Vaccination in Bombay 1924-1928 - 1924-1928
Year: 1924
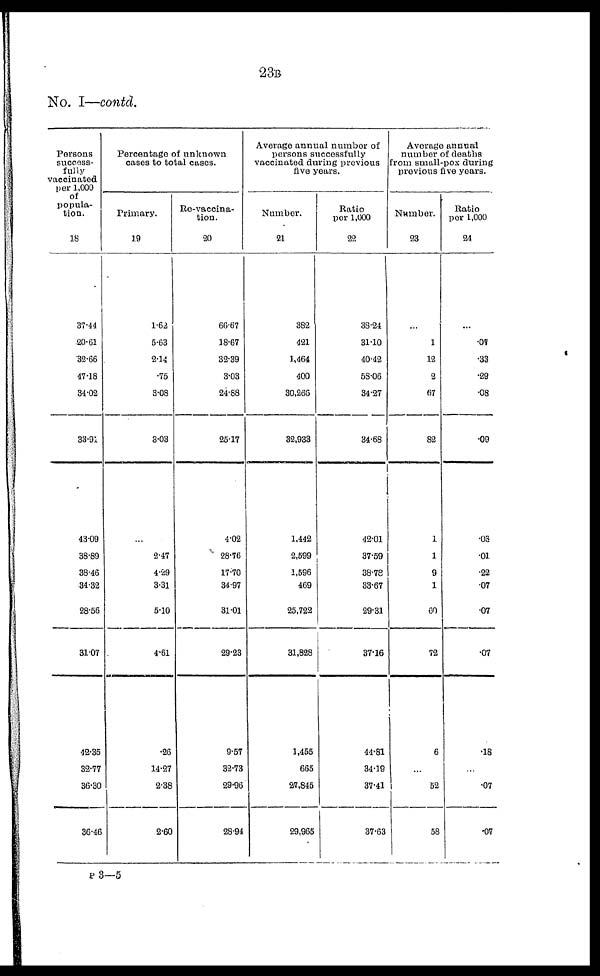
23B
No. I—contd.
Persons
success-
fully
vaccinated
per 1,000
of
popula-
tion.
18
37.44
20.61
32.66
47.18
34.02
33.91
43.09
38.89
38.46
34.32
28.56
31.07
42.35
32.77
36.30
36.46
Percentage of unknown
cases to total cases.
Primary.
19
1.62
5.63
2.14
.75
3.08
3.03
...
2.47
4.29
3.31
5.10
4.61
.26
14.27
2.38
2.60
Re-vaccina-
tion.
20
66.67
18.67
32.39
3.03
24.88
25.17
4.02
28.76
17.70
34.97
31.01
29.23
9.57
32.73
29.96
28.94
Average annual number of
persons successfully
vaccinated during previous
five years.
Number.
21
382
421
1,464
400
30,266
32,933
1,442
2,599
1,596
469
25,722
31,828
1,455
665
27,845
29,965
Ratio
per 1,000
22
38.24
31.10
40.42
58.06
34.27
34.68
42.01
37.59
38.78
33.67
29.31
37.16
44.81
34.19
37.41
37.63
Average annual
number of deaths
from small-pox during
previous five years.
Number.
23
...
1
12
2
67
82
1
1
9
1
60
72
6
...
52
58
Ratio
per 1,000
24
...
.07
.33
.29
.08
.09
.03
.01
.22
.07
.07
.07
.18
...
.07
.07
P3—5